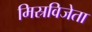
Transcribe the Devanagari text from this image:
मिस्रविजेता